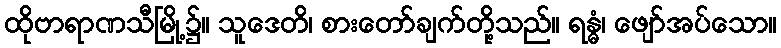
ထိုဗာရာဏသီမြို့၌။ သူဒေတိ၊ စားတော်ချက်တို့သည်။ ရန္ဓံ၊ ဖျော်အပ်သော။